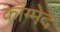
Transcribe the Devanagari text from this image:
कांग्मेद